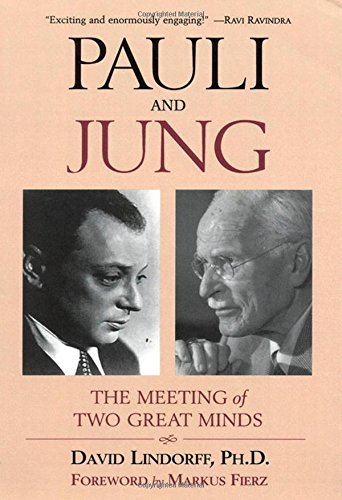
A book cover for Pauli and Jung: The Meeting of Two Great Minds; David Lindorff PhD; Biographies & Memoirs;